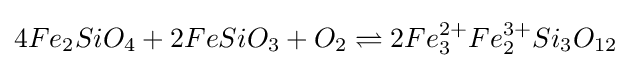
4Fe_{2}SiO_{4}+2FeSiO_{3}+O_{2}\rightleftharpoons 2Fe_{3}^{2+}Fe_{2}^{3+}Si_{3}O_{12}